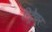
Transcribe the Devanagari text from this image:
रिट्रेवर